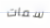
سمات